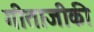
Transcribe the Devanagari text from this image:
गीताजीकी